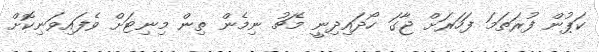
ކަޕުން ފުރަތަމަ ފަހަރަށް ޖާގަ ހޯދައިދިނީ މެޗު ނިމެން ތިން މިނިޓަށް ވެފައިވަނިކޮށް